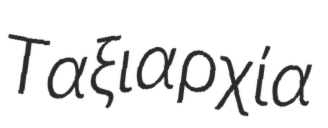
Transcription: Ταξιαρχία